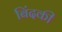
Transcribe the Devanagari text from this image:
बिंदकी